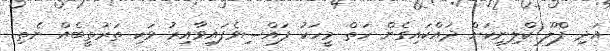
އަދި ފްލޫ ކްލިނިކަށް ދައްކައިގެން ހަތް މީހަކު ފައްސިވެފައިވާއިރު ވަކި ތަރުތީބެއް ނެތި